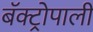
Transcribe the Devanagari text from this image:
बॅक्ट्रोपाली